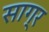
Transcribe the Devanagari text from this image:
साग्र